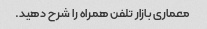
معماری بازار تلفن همراه را شرح دهید.